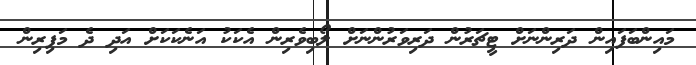
މައިންބަފައިން ދަރިންނަށް ޓީޗަރުން ދަރިވަރުންނަށް ލޯބިވެރިން އެކަކު އަނެކަކަށް އަދި ދެ މަފިރިން